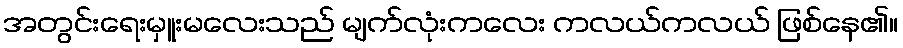
အတွင်းရေးမှူးမလေးသည် မျက်လုံးကလေး ကလယ်ကလယ် ဖြစ်နေ၏။